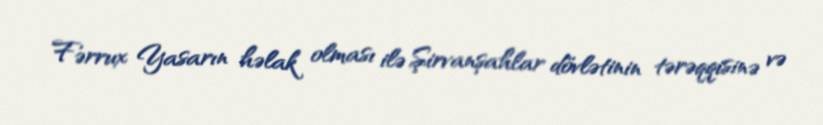
Fərrux Yasarın həlak olması ilə Şirvanşahlar dövlətinin tərəqqisinə və